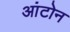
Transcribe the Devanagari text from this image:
आंटोन